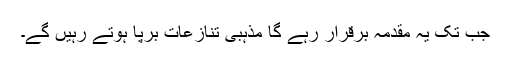
جب تک یہ مقدمہ برقرار رہے گا مذہبی تنازعات برپا ہوتے رہیں گے۔